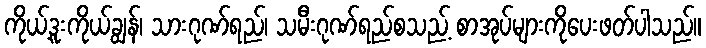
ကိုယ့်ဒူးကိုယ်ချွန်၊ သားဂုဏ်ရည်၊ သမီးဂုဏ်ရည်စသည့် စာအုပ်များကိုပေးဖတ်ပါသည်။